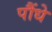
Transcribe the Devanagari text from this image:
पौंधे